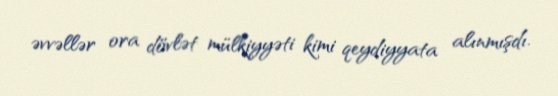
əvvəllər ora dövlət mülkiyyəti kimi qeydiyyata alınmışdı.